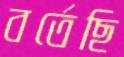
বর্তেছি